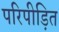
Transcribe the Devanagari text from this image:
परिपीड़ित